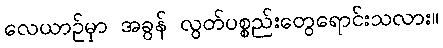
လေယာဉ်မှာ အခွန် လွတ်ပစ္စည်းတွေရောင်းသလား။